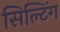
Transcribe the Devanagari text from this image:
सिल्टिंग